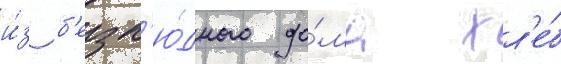
и́з б'езл'ю́дного до́ма хл'е́б